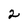
Character: 2